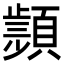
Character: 𩔤